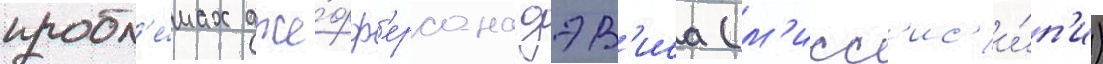
пробл'е́мах дже́фф'ерсона дэв'иса (м'исс'ис'и́п'и)